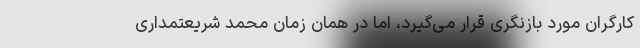
کارگران مورد بازنگری قرار می‌گیرد، اما در همان زمان محمد شریعتمداری